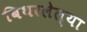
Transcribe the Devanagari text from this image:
बिथरलेल्या